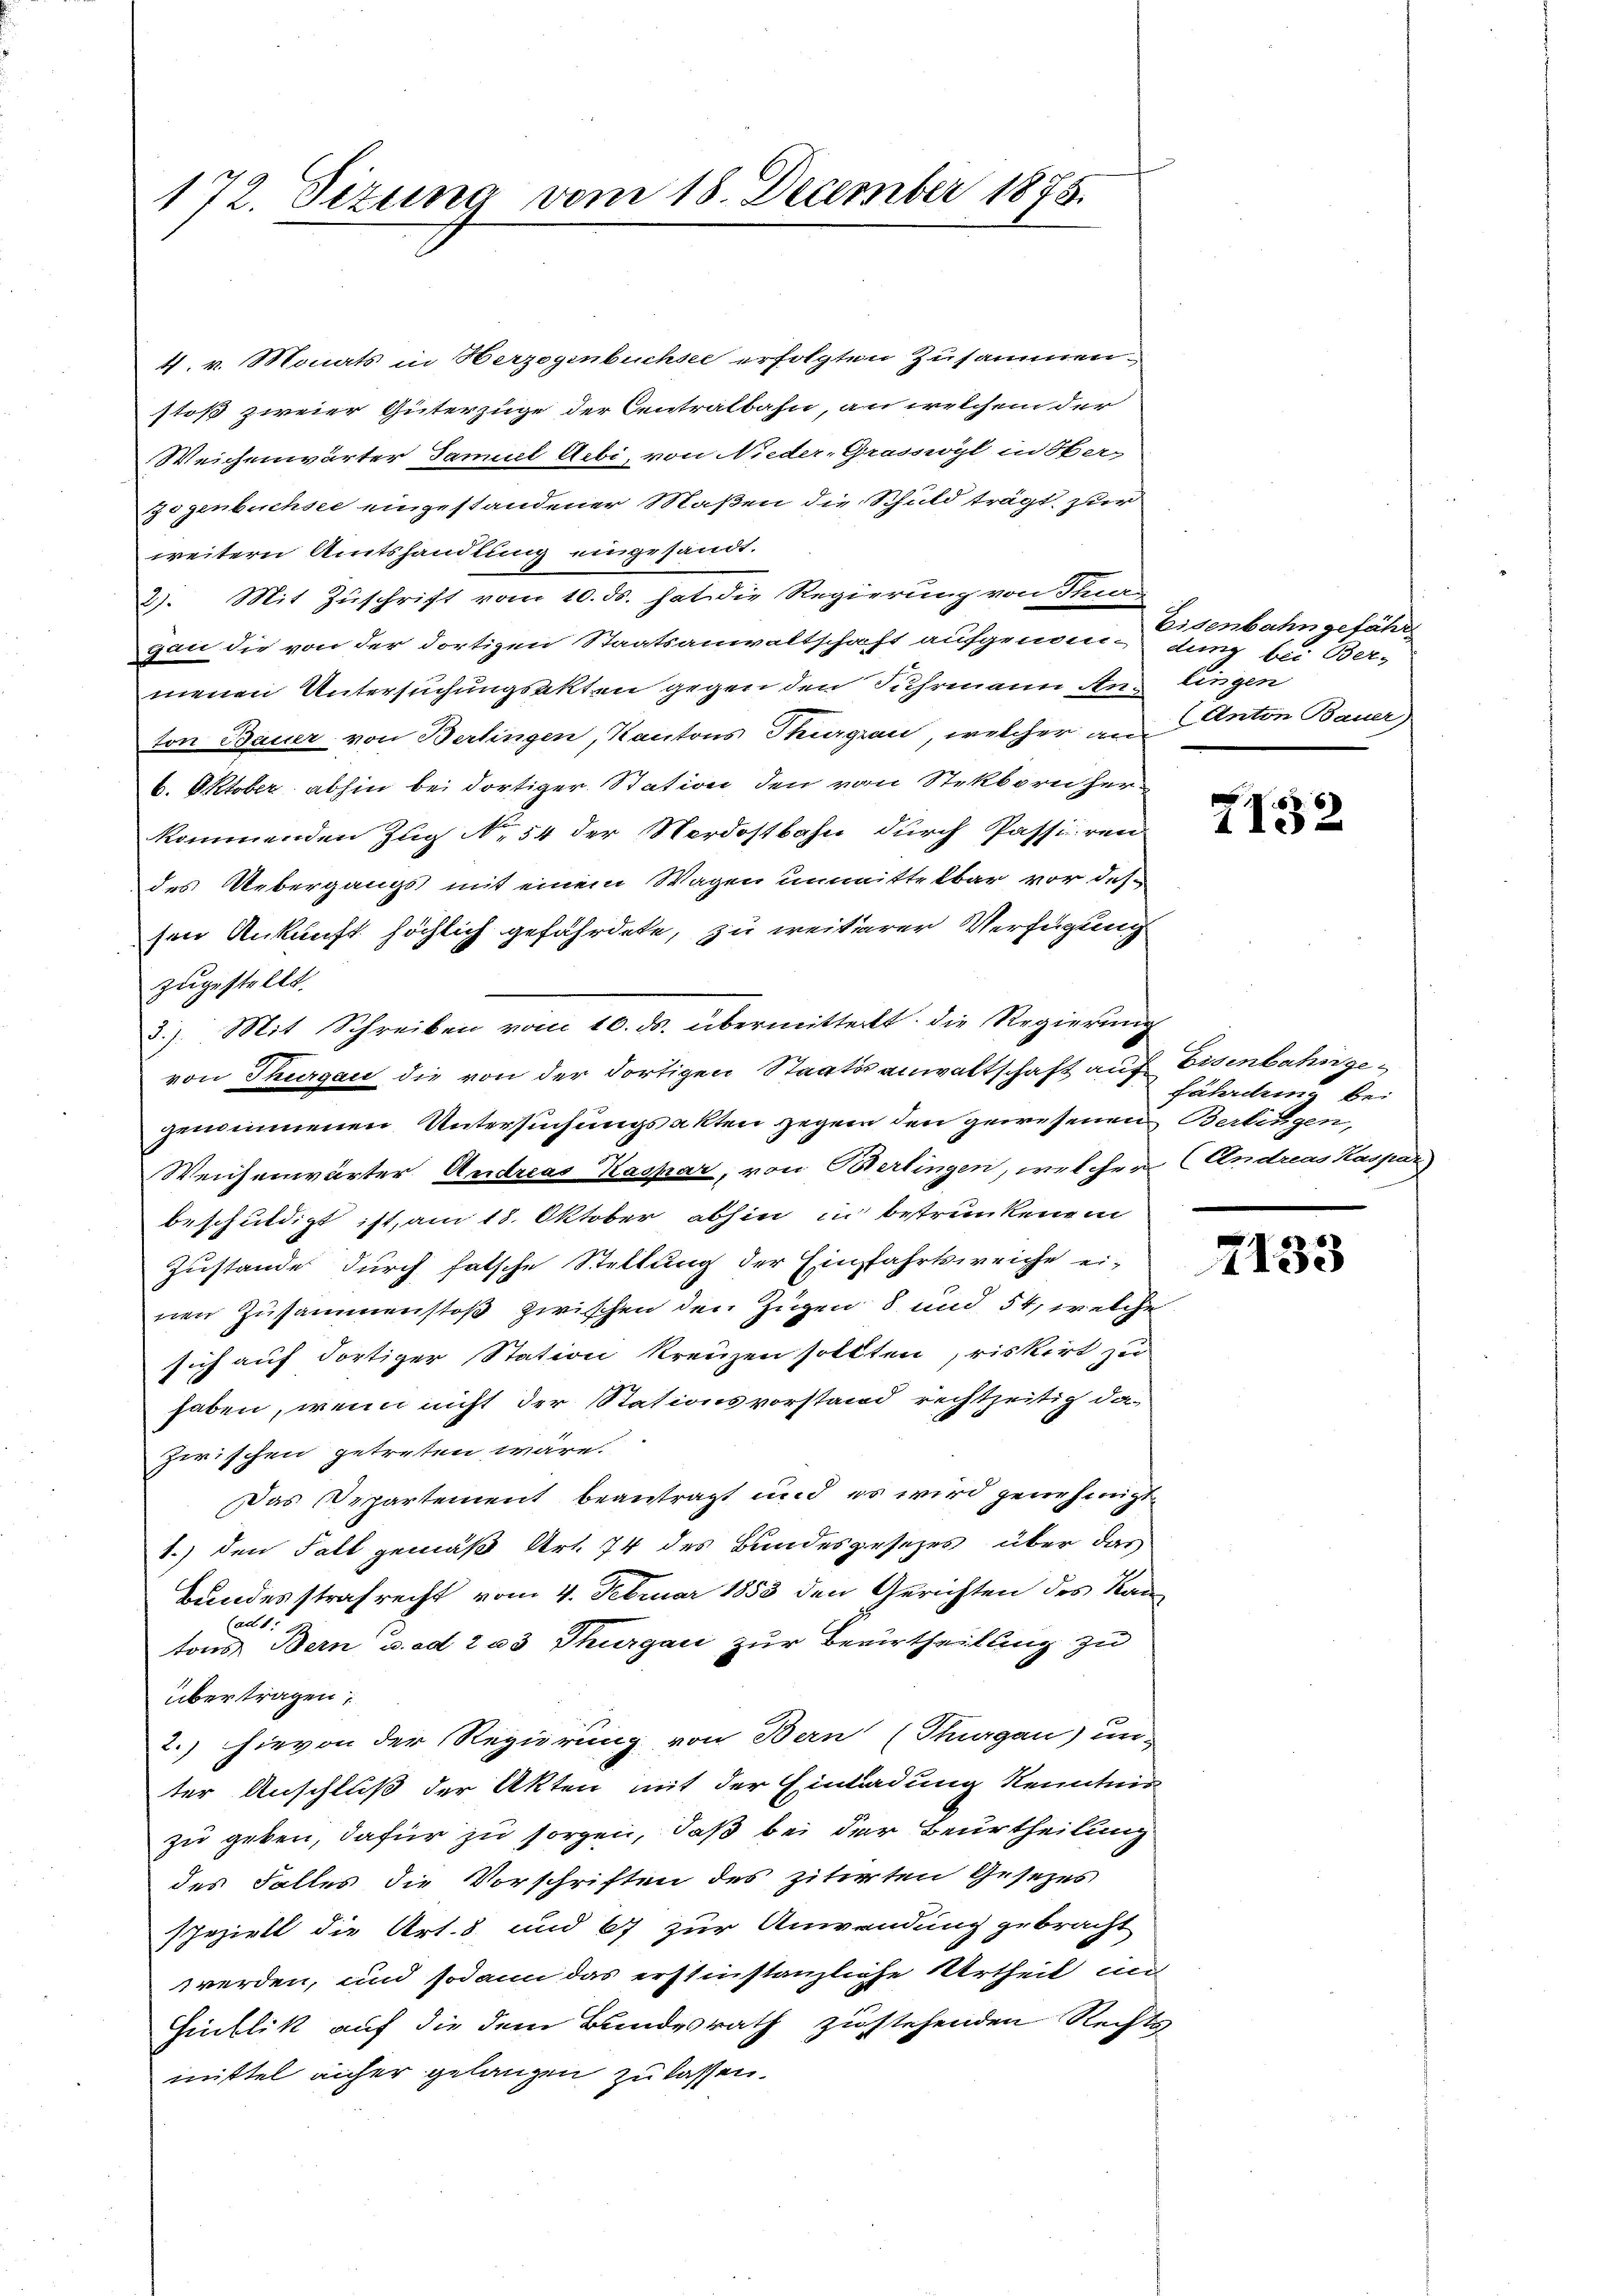
172. Sizung vom 18. December 1875.

4. v. Monats in Herzogenbuchsee erfolgten Zusammen.
stoß zweier Güterzüge der Centralbahn, an welchem der
Weichenwärter Samuel Aebi, von Nieder-Grasswyl in Ober-
zogenbuchsee eingestandener Maßen die Schuld trägt, zur
weitern Amtshandlung eingesandt.
2). Mit Zuschrift vom 10. ds. hat die Regierung von Steuer
gan die von der dortigen Staatsanwaltschaft aufgenomme dung bei Ber-
menen Untersuchungsakten gegen den Fuhrmann An- lingen
ton Bauer, von Bertingen, Kantons Thurgau, welcher an
6. Oktober abhin bei dortiger Station den von Stekbornherkommenden Zug No. 54 der Verdostbahn durch Passiren
des Uebergangs mit einem Wagen unmittelbar vor des-
sen Ankunft höchlich gefährdete, zu weiterer Verfügung
zugestellt.
3.). Mit Schreiben vom 10. ds. übermitteilt, die Regierung
von Thurgau die von der dortigen Staatsanwaltschaft auf Eisenbahngegenommenen Untersuchungsakten gegen den gewesenen Berlingen,
Weichenwärter Andreas Kaspar, von Bierlingen, welcher (Andreas Kaspar
beschuldigt ist, am 18. Oktober abhin in betrunkenem
Zustande durch falsche Stellung der Einfahrtsweiche ei-
nen Zusammenstoß zwischen den Zügen 8 und 54, welche
sich auf dortiger Station kreuzen sollten, riskirt zu
haben, wenn nicht der Stationsvorstand rechtzeitig da
zwischen getreten wäre.
Das Departement beantragt und es wird genehmigten
1.) den Fall gemäß Art. 74 des Bundesgesezes über das
Bundesstrafrecht vom 4. Februar 1853 den Gerichten des Kan
ton Bern u. ad 233 Thurgau zur Berurtheilung zu
übertragen;
2.) hievon der Regierung von Bern (Thurgau) un-
ter Anschluß der Akten mit der Einladung Kenntner
zu geben, dafür zu sorgen, daß bei der Beurtheilung
des Falles die Vorschriften des zitirten Gesezes
speziell die Art. 8 und 67 zur Anwendung gebracht
werden, und sodann das erstinstanzliche Urtheil in
Hinblik auf die dem Bundesrath zustehenden Rechts-
mittel anher gelangen zu lassen.

Eisenbahngefähr
(Anton Bauer

2132

fährden Be¬

2133